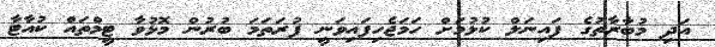
އަދި މުބާރާތުގެ ފައިނަލް ކުޅުމަށް ހަމަޖެހިފައިވަނީ ފުރަތަމަ ބުރުން މޮޅުވާ ޓީމްތައް ކުއާޓާ